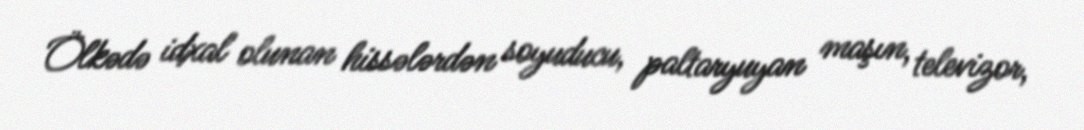
Ölkədə idxal olunan hissələrdən soyuducu, paltaryuyan maşın, televizor,